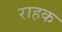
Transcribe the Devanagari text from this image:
राहक